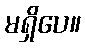
မရှိပေ။